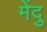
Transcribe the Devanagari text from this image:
मेंदु